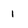
Character: 1